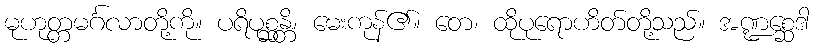
မုဟုတ္တမင်္ဂလာတို့ကို။ ပရိပုစ္ဆန္တိ၊ မေးကုန်၏။ တေ၊ ထိုပုရောဟိတ်တို့သည်။ အဏ္ဍစ္ဆေဒါ